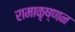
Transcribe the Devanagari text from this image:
रामाकृष्णन